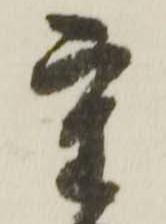
重